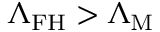
\Lambda _ { \mathrm { F H } } > \Lambda _ { \mathrm { M } }